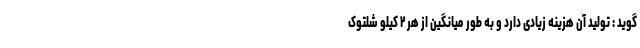
گوید : تولید آن هزینه زیادی دارد و به طور میانگین از هر ۲ کیلو شلتوک